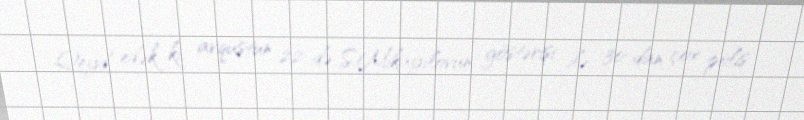
Qeyd edək ki, avqustun 22-də S.Mikayılovun göstərişi ilə 30-dan çox polis